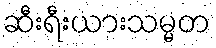
ဆီးရီးယားသမ္မတ